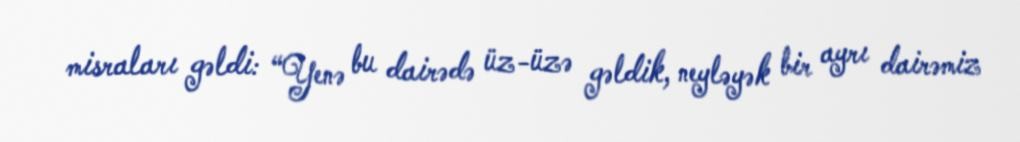
misraları gəldi: “Yenə bu dairədə üz-üzə gəldik, neyləyək bir ayrı dairəmiz